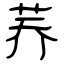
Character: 荞